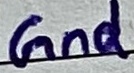
Text: Gnd